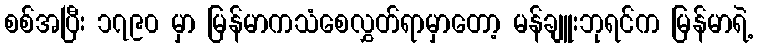
စစ်အပြီး ၁၇၉၀ မှာ မြန်မာကသံစေလွှတ်ရာမှာတော့ မန်ချူးဘုရင်က မြန်မာရဲ့